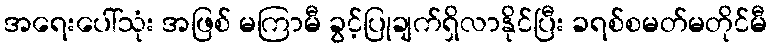
အရေးပေါ်သုံး အဖြစ် မကြာမီ ခွင့်ပြုချက်ရှိလာနိုင်ပြီး ခရစ်စမတ်မတိုင်မီ